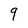
Character: 9